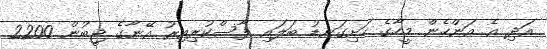
އަދި އެ އަންހެން މީހާގެ ހަށިގަނޑު ބަލައި ފާސްކުރިއިރު އޭނާގެ ޖީބުން 2200